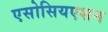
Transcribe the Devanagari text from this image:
एसोसियएशन